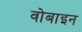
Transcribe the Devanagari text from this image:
वोबाइन